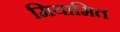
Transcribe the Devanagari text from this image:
मियामित